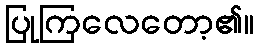
ပြုကြလေတော့၏။